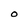
Character: O